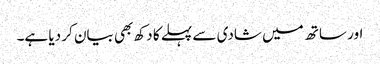
اور ساتھ میں‌ شادی سے پہلے کا دکھ بھی بیان کر دیا ہے۔